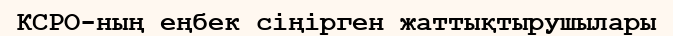
КСРО-ның еңбек сіңірген жаттықтырушылары